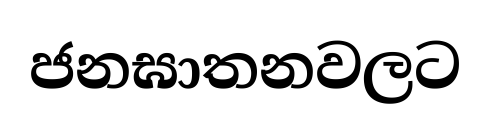
ජනඝාතනවලට